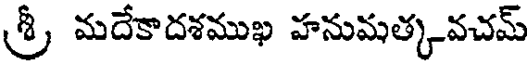
శ్రీ మదేకాదశముఖ హనుమత్కవచమ్